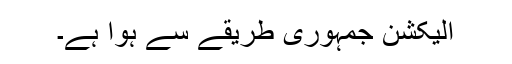
الیکشن جمہوری طریقے سے ہوا ہے۔